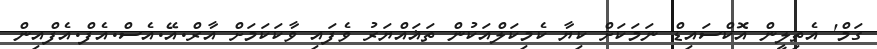
ގަމް' އެތިލީން އޮކްސައިޑް ނަމަކަށް ކިޔާ ކެމިކަލްއަކުން ތަޣައްޔަރު ވެފައި ވާކަކަމަށް އާރް.އޭ.އެސް.އެފް.އެފްއިން